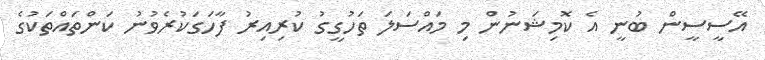
އޭސީސީން ބުނީ އެ ކޮމިޝަނުން މި މައްސަލަ ތަހުގީގު ކުރިއިރު ފާހަގަކުރެވުނު ކަންތައްތަކުގެ